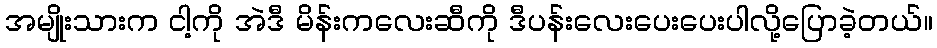
အမျိုးသားက ငါ့ကို အဲဒီ မိန်းကလေးဆီကို ဒီပန်းလေးပေးပေးပါလို့ပြောခဲ့တယ်။